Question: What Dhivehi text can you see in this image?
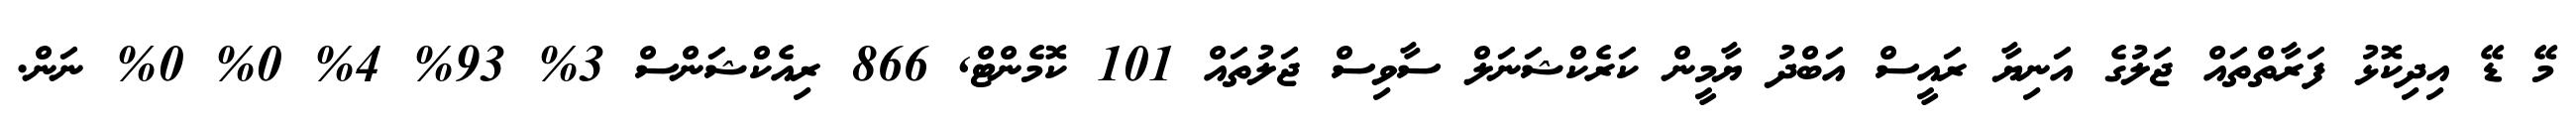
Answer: މޭ ޑޭ އިދިކޮޅު ފަރާތްތައް ޖަލުގެ އަނިޔާ ރައީސް އަބްދު ޔާމީން ކަރެކްޝަނަލް ސާވިސް ޖަލުތައް 101 ކޮމެންޓް, 866 ރިއެކްޝަންސް 3% 93% 4% 0% 0% ނަން.